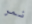
نمر